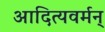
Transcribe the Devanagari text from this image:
आदित्यवर्मन्‌